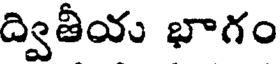
ద్వితీయ భాగం